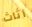
أثاث